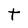
Character: t